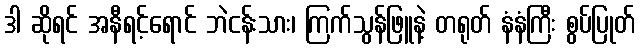
ဒါ ဆိုရင် အနီရင့်ရောင် ဘဲငန်းသား၊ ကြက်သွန်ဖြူနဲ့ တရုတ် နံနံကြီး စွပ်ပြုတ်